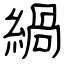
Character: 緺